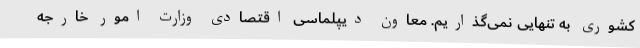
کشوری به تنهایی نمی‌گذاریم. معاون دیپلماسی اقتصادی وزارت امور خارجه